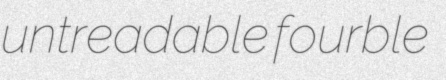
untreadable fourble